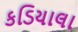
કડિયાલા